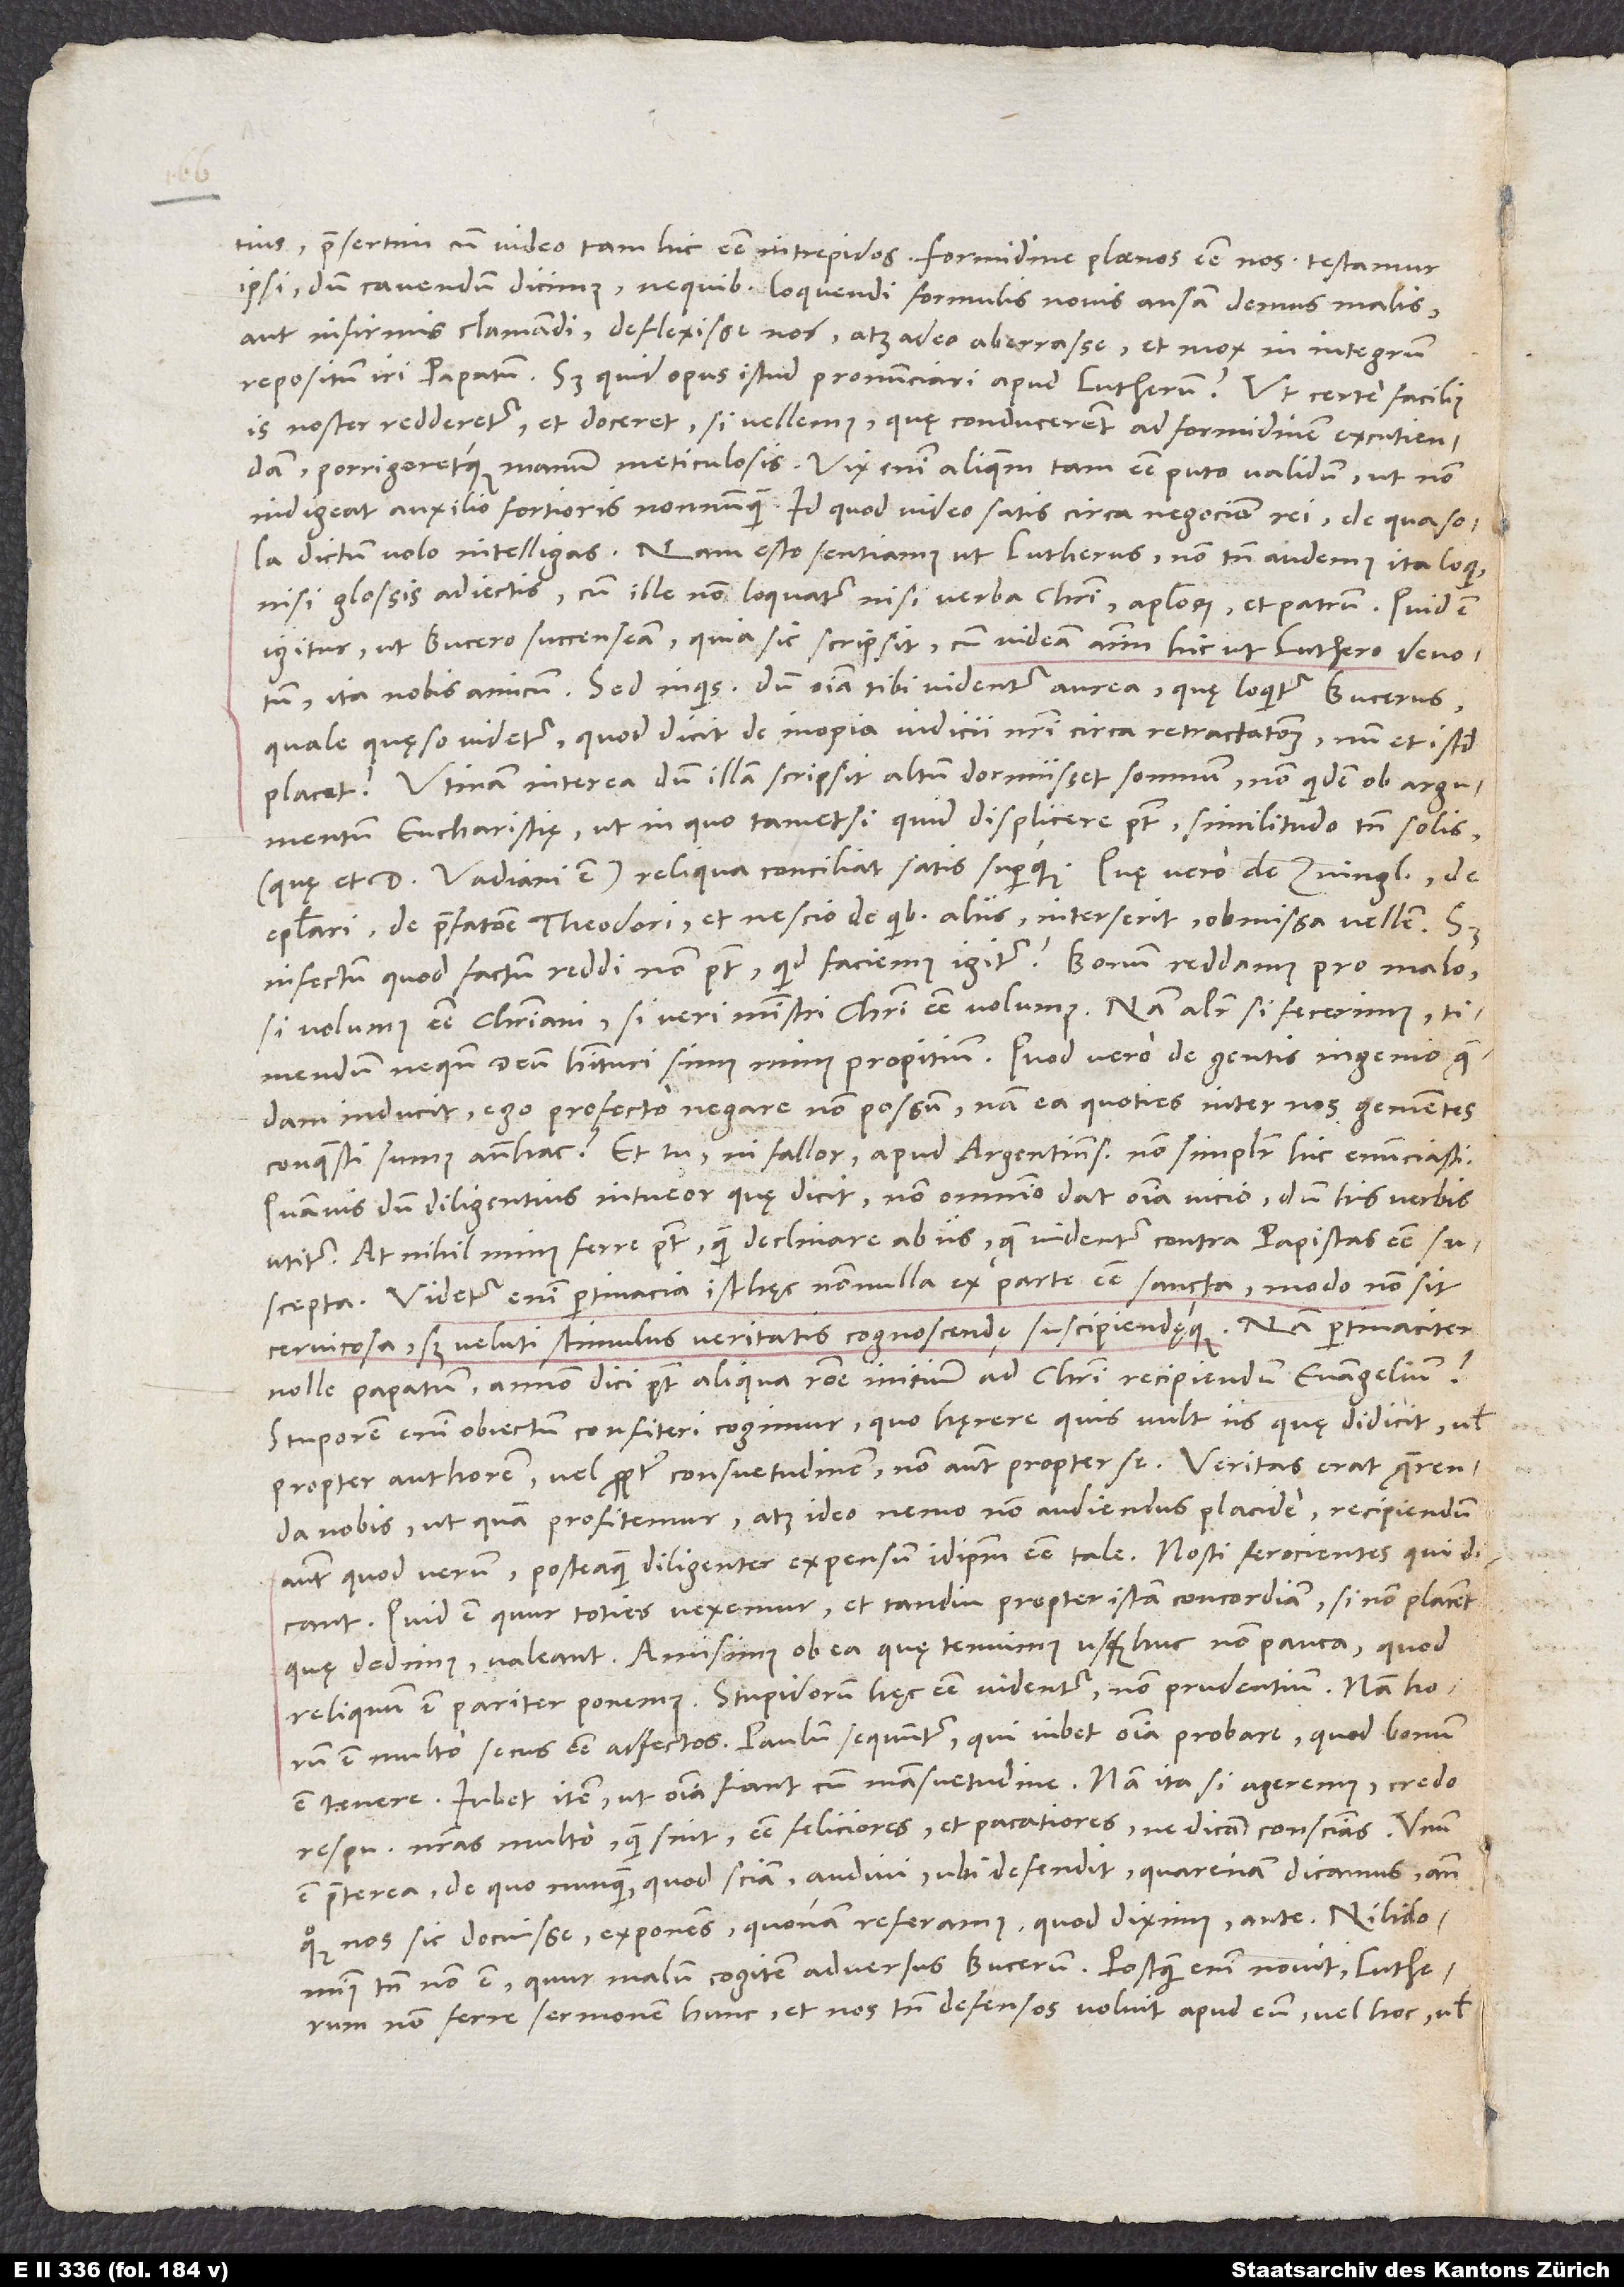
praesertim cum video tam hic esse intrepidos; formidine plaenos esse nos testamur
ipsi, dum cavendum dicimus, ne quibus loquendi formulis novis ansam dernus malis
aut infirmis clamandi deflexisse nos atque adeo aberrasse et mox in integrum
repositum iri papatum. Sed quid opus istud pronunciari apud Lutherum? Ut certe facilius
is noster redderetur et doceret, si vellemus, quę conducerent ad formidinem excutiendam,
porrigeretque manum meticulosis. Vix enim aliquem tam esse puto validum, ut non
indigeat auxilio fortioris nonnunquam. Id quod video satis circa negocium rei, de qua sola
dictum volo intelligas. Nam esto, sentiamus ut Lutherus, non tamen audemus ita loqui
nisi glossis adiectis, cum ille non loquatur nisi verba Christi, apostolorum et patrum. Quid est
igitur, ut Bucero succenseam, quia sic scripsit, cum videam anirnum hic ut Luthero devotum,
quale, quęso, videtur, quod dicit de inopia iudicii nostri circa Retractationem, num et istud
placet?" Utinam interea, dum illa scripsit, altum dormiisset somnum! Non quidem ob argumentum
eucharistię, ut in quo, tametsi quid displicere potest, similitudo tamen sous
(quę et doctoris Vadiani est) reliqua conciliat satis superque. Quae vero de Zvinglio, de
Epistolari, de praefatione Theodori et nescio de quibus aliis interserit, obmissa vellem. Sed
infectum, quod factum, reddi non potest. Quid faciemus igitur? Bonum reddamus pro malo,
si volumus esse christiani, si veri ministri Christi esse volumus. Nam aliter si fecerimus, timendum,
inducit, ego profecto negare non possum; nam ea quoties inter nos gementes
conquesti sumus antehac? Et tu, ni fallor, apud Argentinenses non simpliciter hic enunciasti.
Quamvis dum diligentius intueor, quę dicit, non omnino dat omnia vicio, dum his verbis
utitur: "At nihil minus ferre potest quam declinare ab iis, quae videntur contra papistas esse
suscepta". Videtur enim pertinacia isthęc nonnulla ex parte esse sancta, modo non sit
cervicosa, sed veluti stimulus veritatis cognoscendę suscipiendęque. Nam pertinaciter
nolle papatum annon dici potest aliqua ratione initium ad Christi recipiendum evangelium?
Stuporem enim obiectum confiteri cogimur, quo hęrere quis vult iis, quę didicit, vel
propter authorem vel propter consuetudinem, non autem propter se. Veritas erat quęrenda
nobis, ut quam profitemur, atque ideo nemo non audiendus placide; recipiendum
autem, quod verum posteaque diligenter expensum idipsum esse tale. Nosti ferocientes, qui dicant:
"Quid est, quur toties vexemur et tandiu propter istam concordiam. Si non placent,
quę dedimus, valeant. Amisimus ob ea, quę tenuimus, usquehuc non pauca; quod
reliquum est, pariter ponemus." Stupidorum hęc esse videntur, non prudentium. Nam horum
est multo secus esse affectos. Paulum sequuntur, qui iubet omnia probare, quod bonum
est tenere. lubet item, ut omnia fiant cum mansuetudine. Nam ita si ageremus, credo
respublicas nostras multo, quam sint, esse feliciores et pacatiores, ne dicam conscientias.
praeterea, de quo nunquam, quod sciam, audivi: ubi defendit, quarenam dicamus ante
S.
quoque nos sic docuisse, exponens, quonam referamus, quod diximus "ante". Nihilominus
tamen non est, quur malum cogitem adversus Bucerum. Postquam enim novit Lutherum
non ferre sermonem hunc et nos tamen defensos voluit apud eum, vel hoc vel